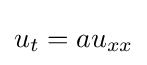
u_{t}=au_{xx}